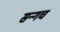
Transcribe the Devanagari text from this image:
सन्गच